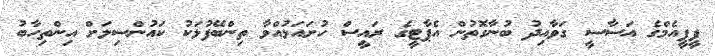
ޕީޕީއެމްގެ އަސާސީ ގަވާއިދު ބުނާގޮތުން އެޕާޓީގެ ރައީސް ހުށައަޅުއްވާ ތިންބޭފުޅަކު ކައުންސިލަށް އިންތިހާބު